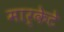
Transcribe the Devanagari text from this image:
मार्केटे